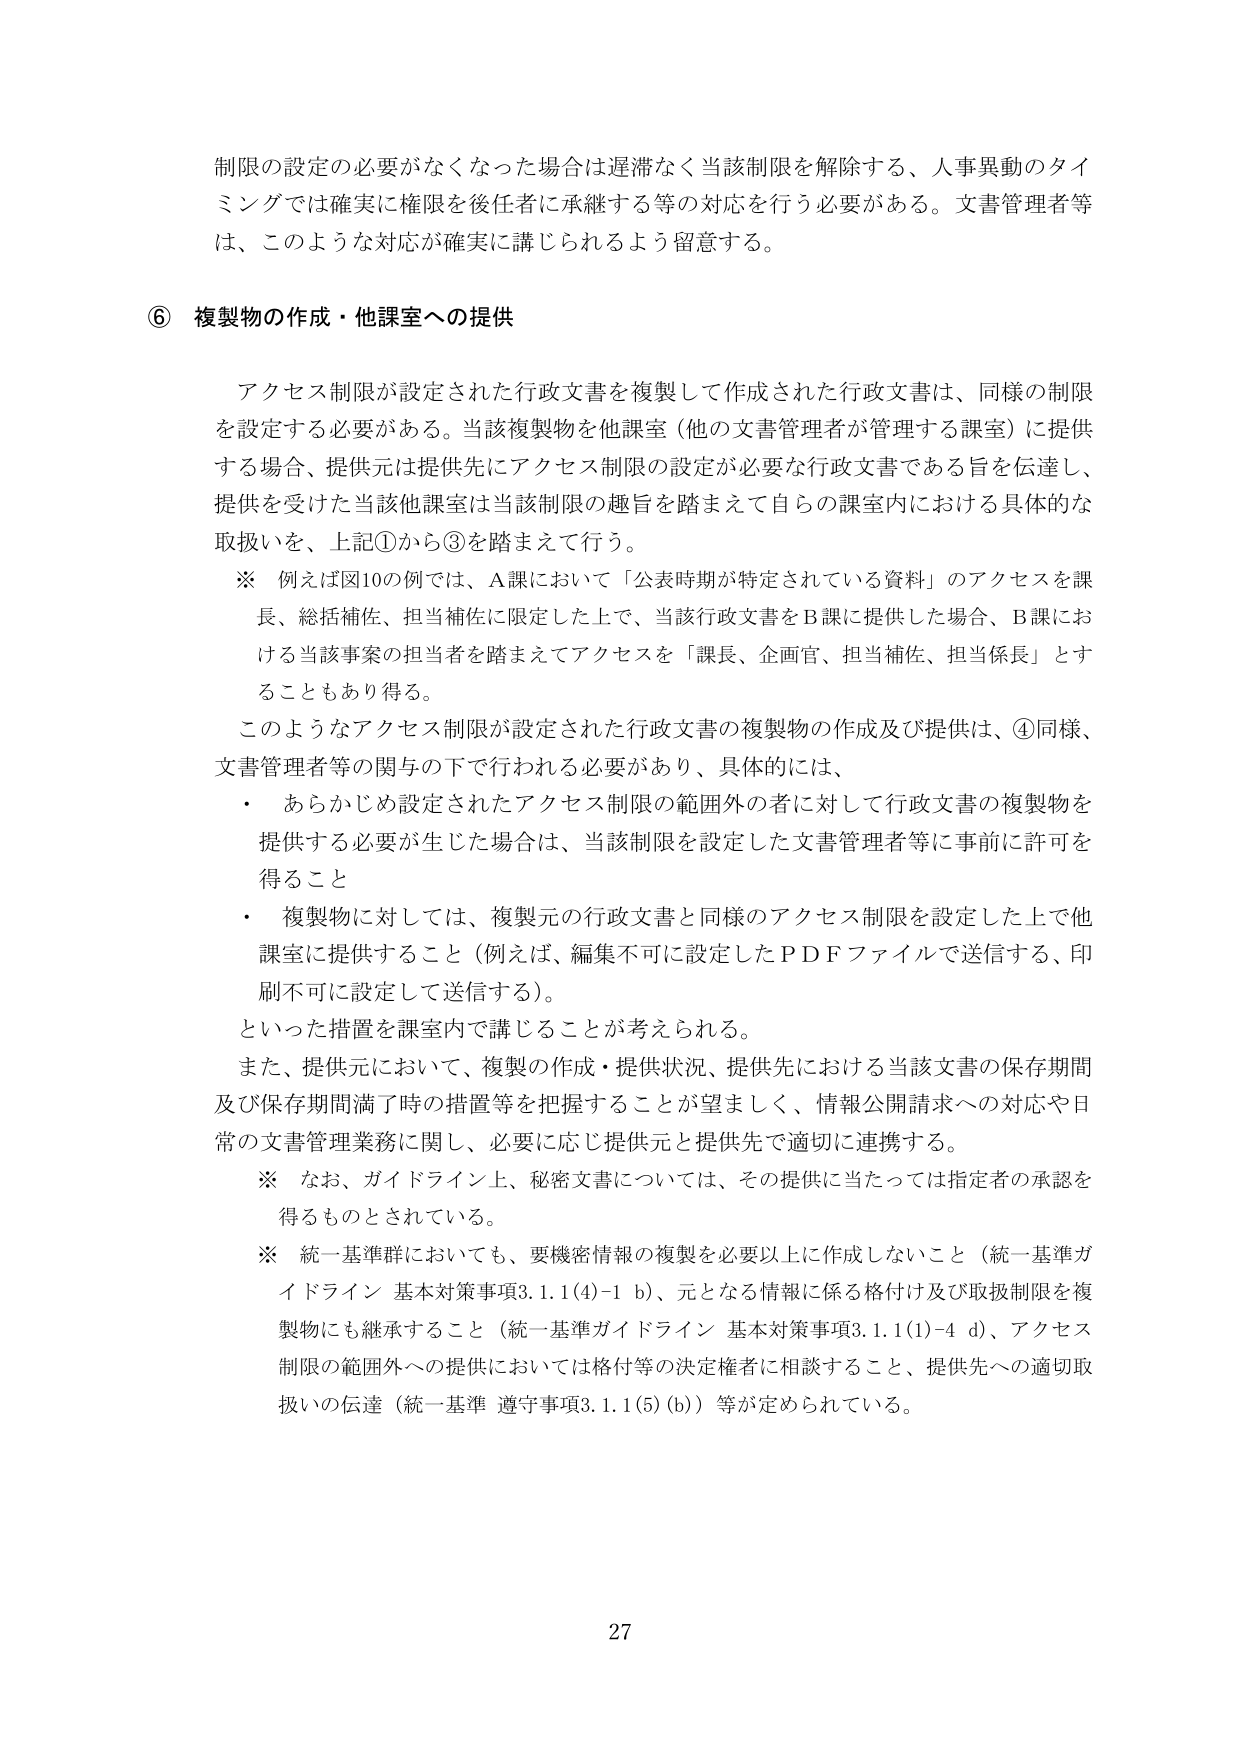
制限の設定の必要がなくなった場合は遅滞なく当該制限を解除する、人事異動のタイミングでは確実に権限を後任者に承継する等の対応を行う必要がある。文書管理者等は、このような対応が確実に講じられるよう留意する。

⑥ 複製物の作成・他課室への提供

アクセス制限が設定された行政文書を複製して作成された行政文書は、同様の制限を設定する必要がある。当該複製物を他課室（他の文書管理者が管理する課室）に提供する場合、提供元は提供先にアクセス制限の設定が必要な行政文書である旨を伝達し、提供を受けた当該他課室は当該制限の趣旨を踏まえて自らの課室内における具体的な取扱いを、上記①から③を踏まえて行う。

※ 例えば図10の例では、A課において「公表時期が特定されている資料」のアクセスを課長、総括補佐、担当補佐に限定した上で、当該行政文書をB課に提供した場合、B課における当該事案の担当者を踏まえてアクセスを「課長、企画官、担当補佐、担当係長」とすることもあり得る。

このようなアクセス制限が設定された行政文書の複製物の作成及び提供は、④同様、文書管理者等の関与の下で行われる必要があり、具体的には、

・ あらかじめ設定されたアクセス制限の範囲外の者に対して行政文書の複製物を提供する必要が生じた場合は、当該制限を設定した文書管理者等に事前に許可を得ること

・ 複製物に対しては、複製元の行政文書と同様のアクセス制限を設定した上で他課室に提供すること（例えば、編集不可に設定したPDFファイルで送信する、印刷不可に設定して送信する）。

といった措置を課室内で講じることが考えられる。

また、提供元において、複製の作成・提供状況、提供先における当該文書の保存期間及び保存期間満了時の措置等を把握することが望ましく、情報公開請求への対応や日常の文書管理業務に関し、必要に応じ提供元と提供先で適切に連携する。

※ なお、ガイドライン上、秘密文書については、その提供に当たっては指定者の承認を得るものとされている。

※ 統一基準群においても、要機密情報の複製を必要以上に作成しないこと（統一基準ガイドライン 基本対策事項3.1.1(4)-1 b）、元となる情報に係る格付け及び取扱制限を複製物にも継承すること（統一基準ガイドライン 基本対策事項3.1.1(1)-4 d）、アクセス制限の範囲外への提供においては格付等の決定権者に相談すること、提供先への適切取扱いの伝達（統一基準 遵守事項3.1.1(5)(b)）等が定められている。

27